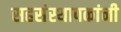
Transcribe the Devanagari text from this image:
सहसंस्थापकांनी